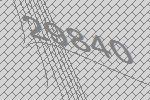
29840